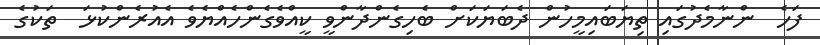
ފަހެ  ންނާމެދުގައި ތިޔަބައިމީހުން ދެބަޔަކަށް ބެހިގެންދާންވީ ކީއްވެގެންހެއްޔެވެ އެއުރެންކުޅަ  ތަކުގެ